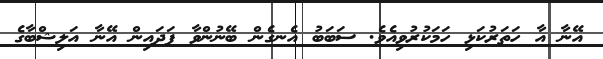
އޭނާ އާ ހަތަރުކަޅި ހަމަކުރުވިއެވެ. ސަބަބު އެނގެން ބޭނުންވާ ފަދައިން އޭނާ އަލިޝްބާގެ